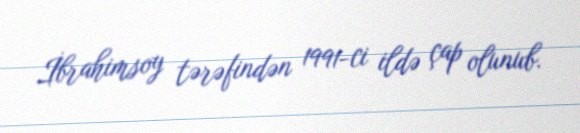
İbrahimsoy tərəfindən 1991-ci ildə çap olunub.